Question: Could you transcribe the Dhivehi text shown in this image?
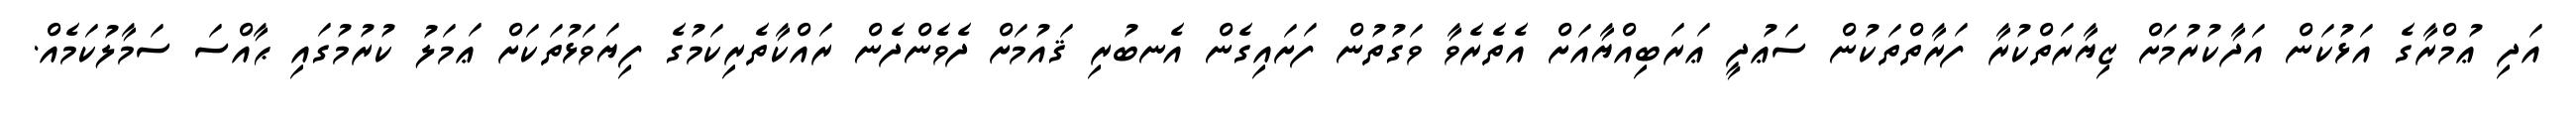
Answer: އަދި ޢުމްރާގެ އަޅުކަން އަދާކުރުމަށް ޒިޔާރަތްކުރާ ފަރާތްތަކުން ސަޢުދީ ޢަރަބިއްޔާއަށް އެތެރެވާ ވަގުތުން ފަށައިގެން އެނބުރި ޤައުމަށް ދެވެންދެން ރައްކާތެރިކަމުގެ ފިޔަވަޅުތަކަށް ޢަމަލު ކުރުމުގައި ޙާއްސަ ސަމާލުކަމެއް.